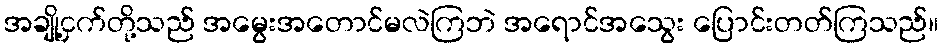
အချို့ငှက်တို့သည် အမွေးအတောင်မလဲကြဘဲ အရောင်အသွေး ပြောင်းတတ်ကြသည်။